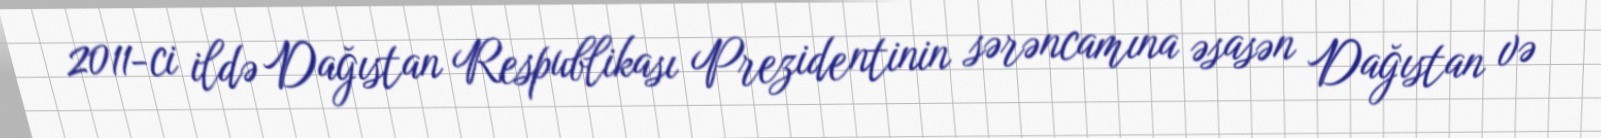
2011-ci ildə Dağıstan Respublikası Prezidentinin sərəncamına əsasən Dağıstan və